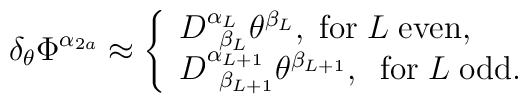
\delta _\theta \Phi ^{\alpha _{2a}}\approx \left\{ \begin{array}{l}D_{\;\;\beta _L}^{\alpha _L}\theta ^{\beta _L},\; {\rm for}\;L\;{\rm even}, \\ D_{\;\;\beta _{L+1}}^{\alpha _{L+1}}\theta^{\beta _{L+1}},\;\;{\rm for}\;L\;{\rm odd}. \end{array}\right.